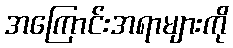
အကြောင်းအရာများကို